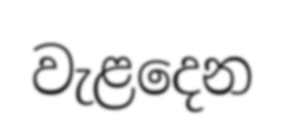
වැළදෙන